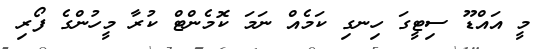
މީ އައްޑޫ ސިޓީގަ ހިނގި ކަމެއް ނަމަ ކޮމެންޓް ކުރާ މީހުންގެ ފޯރި